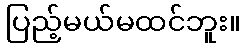
ပြည့်မယ်မထင်ဘူး။